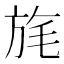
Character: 旄